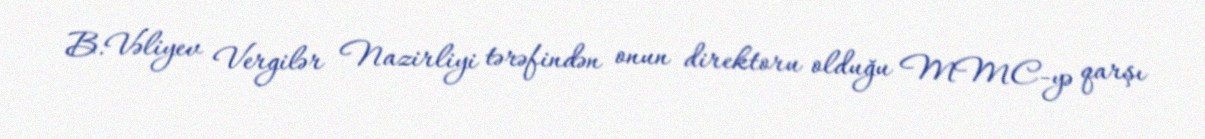
B.Vəliyev Vergilər Nazirliyi tərəfindən onun direktoru olduğu MMC-yə qarşı